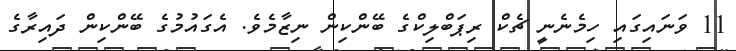
11 ވަނައިގައި ހިމެނެނީ ޗެކް ރިޕަބްލިކްގެ ބޭންކިން ނިޒާމެވެ. އެގައުމުގެ ބޭންކިން ދައިރާގެ